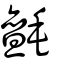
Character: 氈